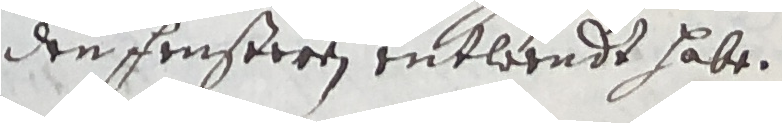
den fensteren entleendt habe.